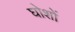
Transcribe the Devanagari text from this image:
घोशों